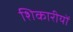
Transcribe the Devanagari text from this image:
शिकारीयों